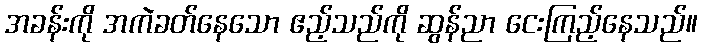
အခန်းကို အကဲခတ်နေသော ဧည့်သည်ကို ဆွန်ညာ ငေးကြည့်နေသည်။